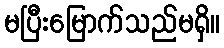
မပြီးမြောက်သည်မရှိ။